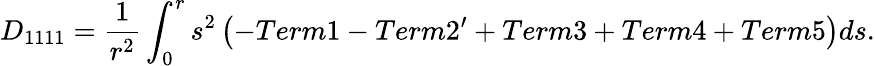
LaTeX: D_{1111}=\frac{1}{r^{2}}\int_{0}^{r}s^{2}\left(-Term1-Term{2^{\prime}}+Term3+Term4+Term5\right)ds.